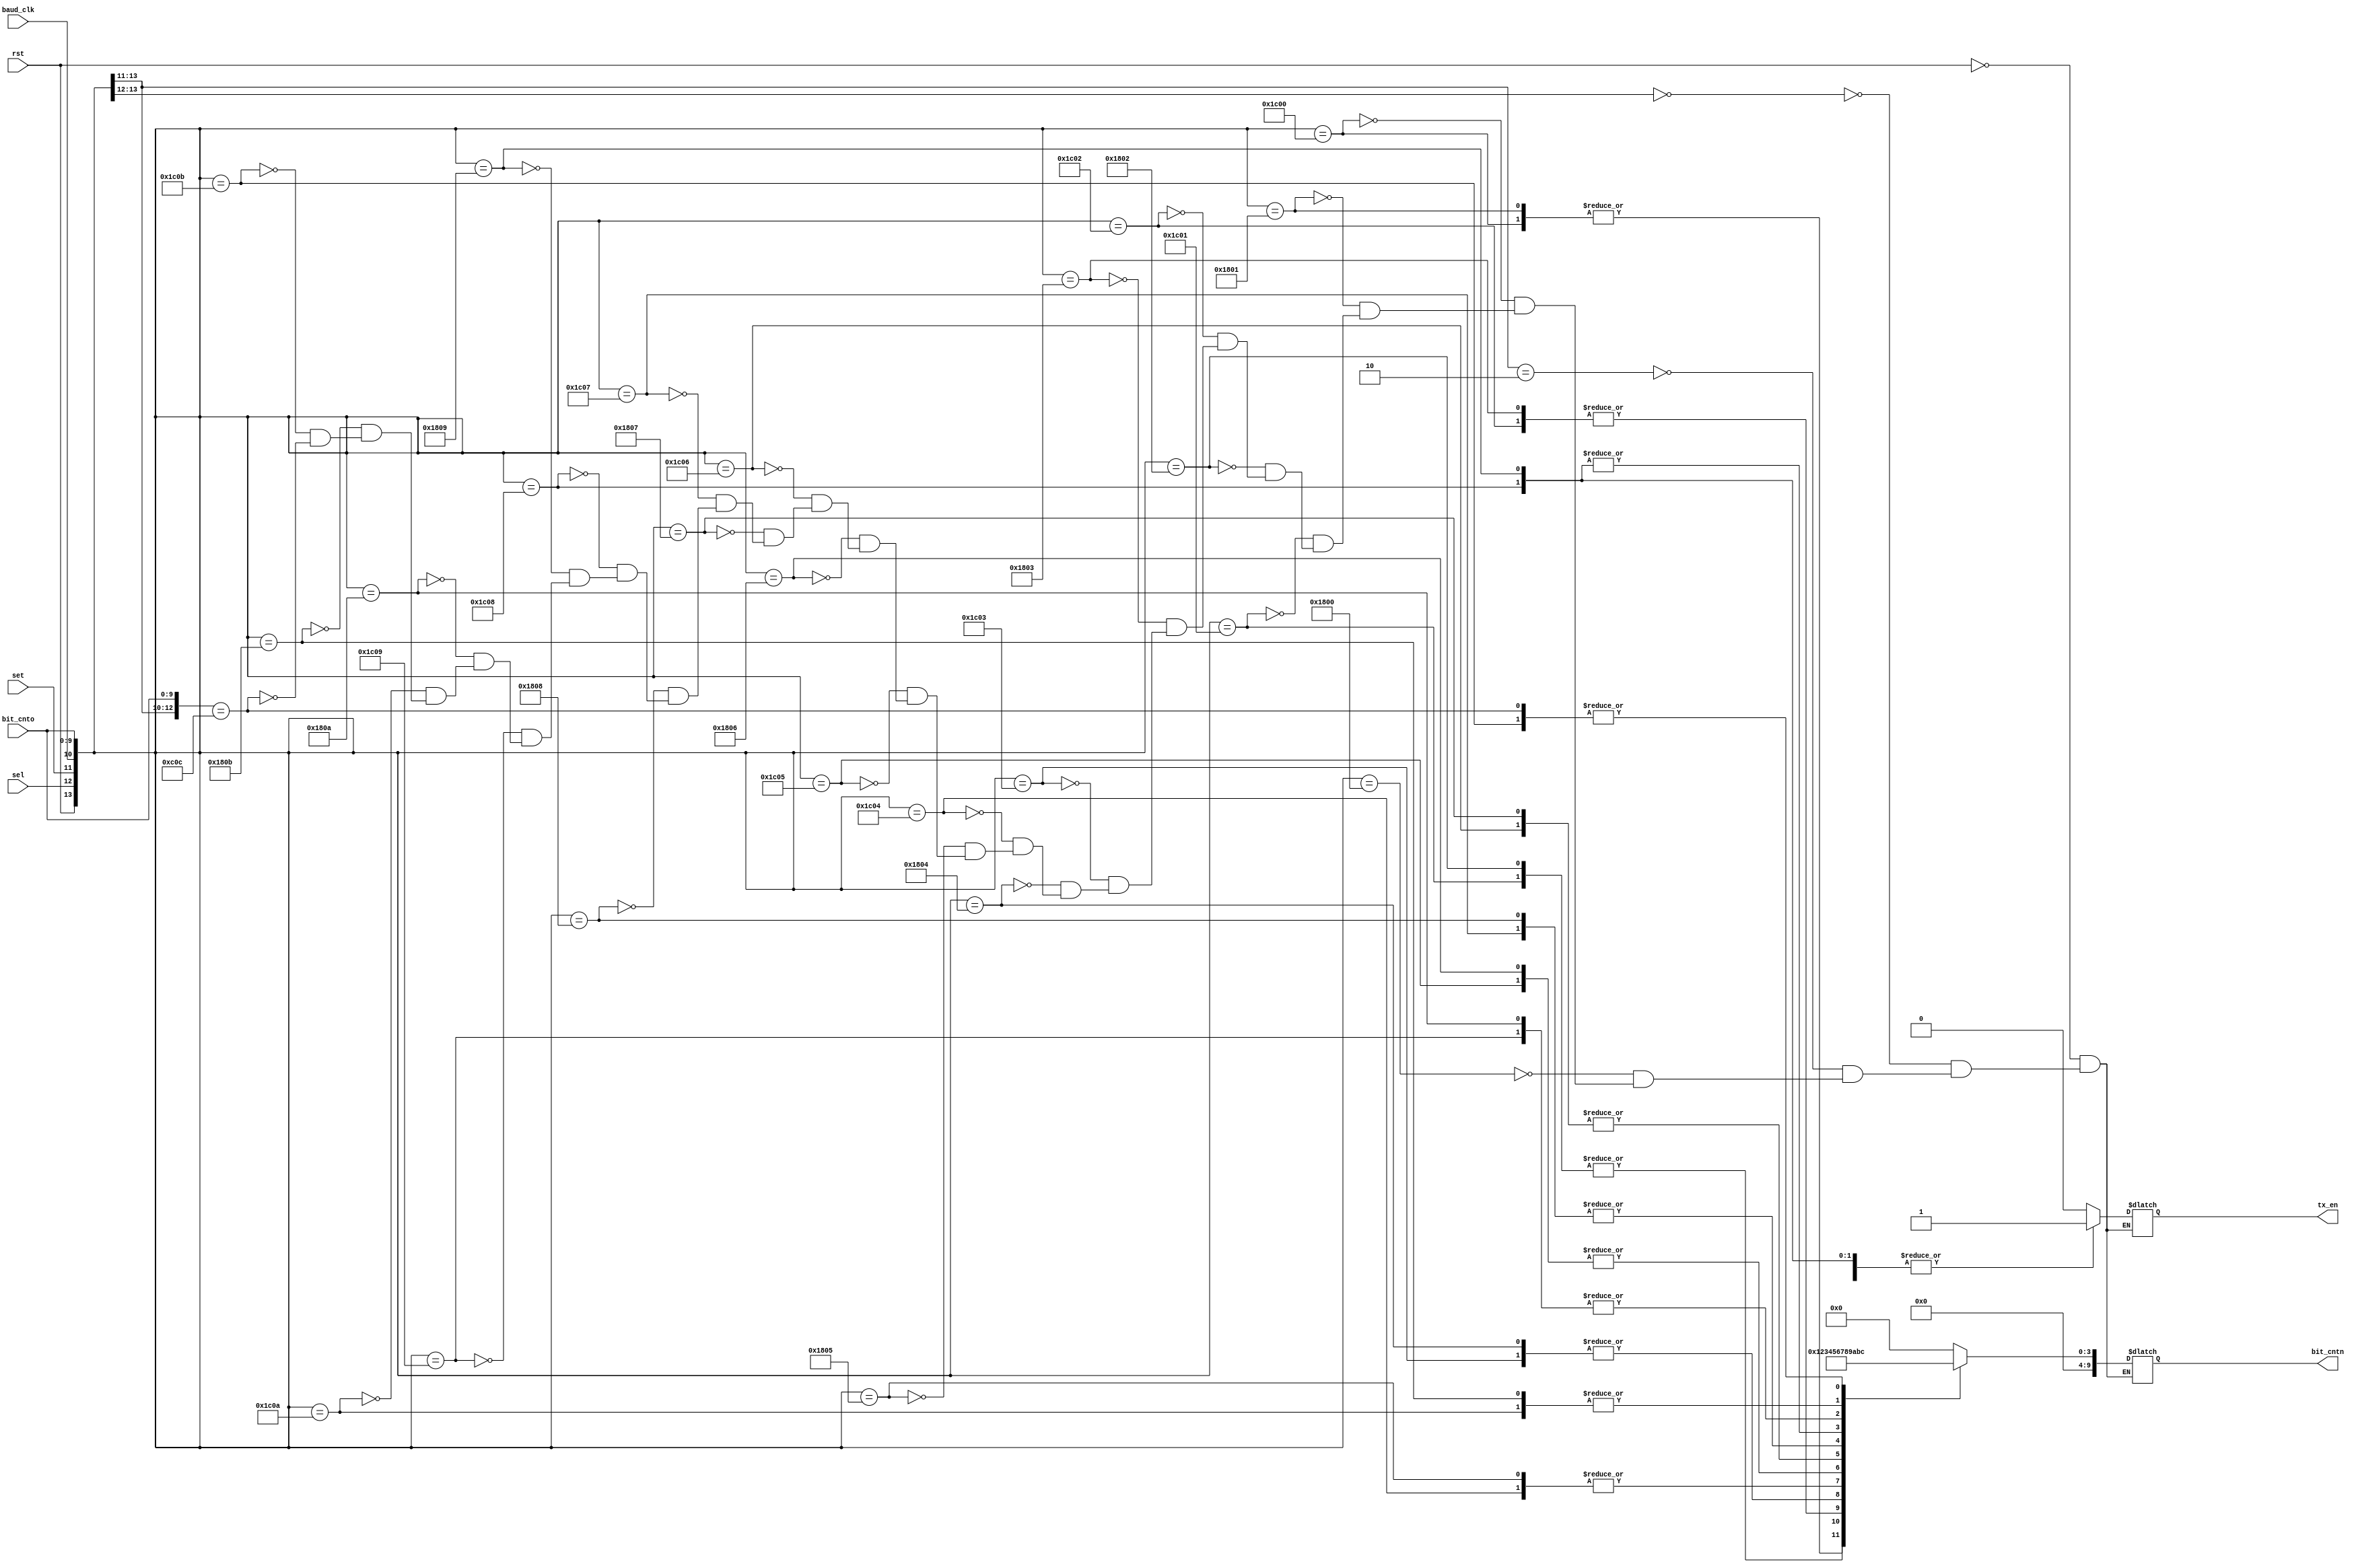
module tx_eight_ten_cp
(
	input wire 			rst,
	input wire			sel,
	input wire 			set,
	input wire 			baud_clk,
	input wire [9:0]  bit_cnto,
	
	output reg [9:0]  bit_cntn,
	output reg 			tx_en
);

always @ *
begin

	casex ({rst, sel, set, baud_clk, bit_cnto})
	
	{1'b1, 1'bx, 1'bx, 1'bx, 10'dx}: {tx_en, bit_cntn} = {1'b0, 10'd0}; // reset control
	
	{1'b0, 1'b0, 1'bx, 1'bx, 10'dx}: {tx_en, bit_cntn} = {1'b0, 10'd0}; // standby
	
	{1'b0, 1'b1, 1'b0, 1'bx, 10'dx}: {tx_en, bit_cntn} = {1'b0, 10'd0}; // idling
	
	{1'b0, 1'b1, 1'b1, 1'b0, 10'd0}: {tx_en, bit_cntn} = {1'b1, 10'd0};   // Start bit
	{1'b0, 1'b1, 1'b1, 1'b1, 10'd0}: {tx_en, bit_cntn} = {1'b1, 10'd1};
	
	{1'b0, 1'b1, 1'b1, 1'b0, 10'd1}: {tx_en, bit_cntn} = {1'b1, 10'd1};   // din[0]
	{1'b0, 1'b1, 1'b1, 1'b1, 10'd1}: {tx_en, bit_cntn} = {1'b1, 10'd2};
	
	{1'b0, 1'b1, 1'b1, 1'b0, 10'd2}: {tx_en, bit_cntn} = {1'b1, 10'd2};   // din[1]
	{1'b0, 1'b1, 1'b1, 1'b1, 10'd2}: {tx_en, bit_cntn} = {1'b1, 10'd3};
	
	{1'b0, 1'b1, 1'b1, 1'b0, 10'd3}: {tx_en, bit_cntn} = {1'b1, 10'd3};   // din[2]
	{1'b0, 1'b1, 1'b1, 1'b1, 10'd3}: {tx_en, bit_cntn} = {1'b1, 10'd4};
	
	{1'b0, 1'b1, 1'b1, 1'b0, 10'd4}: {tx_en, bit_cntn} = {1'b1, 10'd4};   // din[3]
	{1'b0, 1'b1, 1'b1, 1'b1, 10'd4}: {tx_en, bit_cntn} = {1'b1, 10'd5};
	
	{1'b0, 1'b1, 1'b1, 1'b0, 10'd5}: {tx_en, bit_cntn} = {1'b1, 10'd5};   // din[4]
	{1'b0, 1'b1, 1'b1, 1'b1, 10'd5}: {tx_en, bit_cntn} = {1'b1, 10'd6};
	
	{1'b0, 1'b1, 1'b1, 1'b0, 10'd6}: {tx_en, bit_cntn} = {1'b1, 10'd6};   // din[5]
	{1'b0, 1'b1, 1'b1, 1'b1, 10'd6}: {tx_en, bit_cntn} = {1'b1, 10'd7};
	
	{1'b0, 1'b1, 1'b1, 1'b0, 10'd7}: {tx_en, bit_cntn} = {1'b1, 10'd7};   // din[6]
	{1'b0, 1'b1, 1'b1, 1'b1, 10'd7}: {tx_en, bit_cntn} = {1'b1, 10'd8};
	
	{1'b0, 1'b1, 1'b1, 1'b0, 10'd8}: {tx_en, bit_cntn} = {1'b1, 10'd8};   // din[7]
	{1'b0, 1'b1, 1'b1, 1'b1, 10'd8}: {tx_en, bit_cntn} = {1'b1, 10'd9};
	
	{1'b0, 1'b1, 1'b1, 1'b0, 10'd9}: {tx_en, bit_cntn} = {1'b1, 10'd9}; 	 // din[8]
	{1'b0, 1'b1, 1'b1, 1'b1, 10'd9}: {tx_en, bit_cntn} = {1'b1, 10'd10};
	
	{1'b0, 1'b1, 1'b1, 1'b0, 10'd10}: {tx_en, bit_cntn} = {1'b1, 10'd10}; // din[9]
	{1'b0, 1'b1, 1'b1, 1'b1, 10'd10}: {tx_en, bit_cntn} = {1'b1, 10'd11};
	
	{1'b0, 1'b1, 1'b1, 1'b0, 10'd11}: {tx_en, bit_cntn} = {1'b1, 10'd11}; // stop bit
	{1'b0, 1'b1, 1'b1, 1'b1, 10'd11}: {tx_en, bit_cntn} = {1'b1, 10'd12};	
	
	{1'b0, 1'b1, 1'b1, 1'bx, 10'd12}: {tx_en, bit_cntn} = {1'b0, 10'd12}; // end tx
	
	endcase
end

endmodule